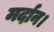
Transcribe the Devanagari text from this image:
मर्दान।